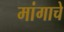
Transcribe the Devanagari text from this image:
मांगाचे